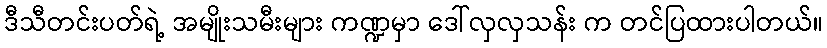
ဒီသီတင်းပတ်ရဲ့ အမျိုးသမီးများ ကဏ္ဍမှာ ဒေါ်လှလှသန်း က တင်ပြထားပါတယ်။